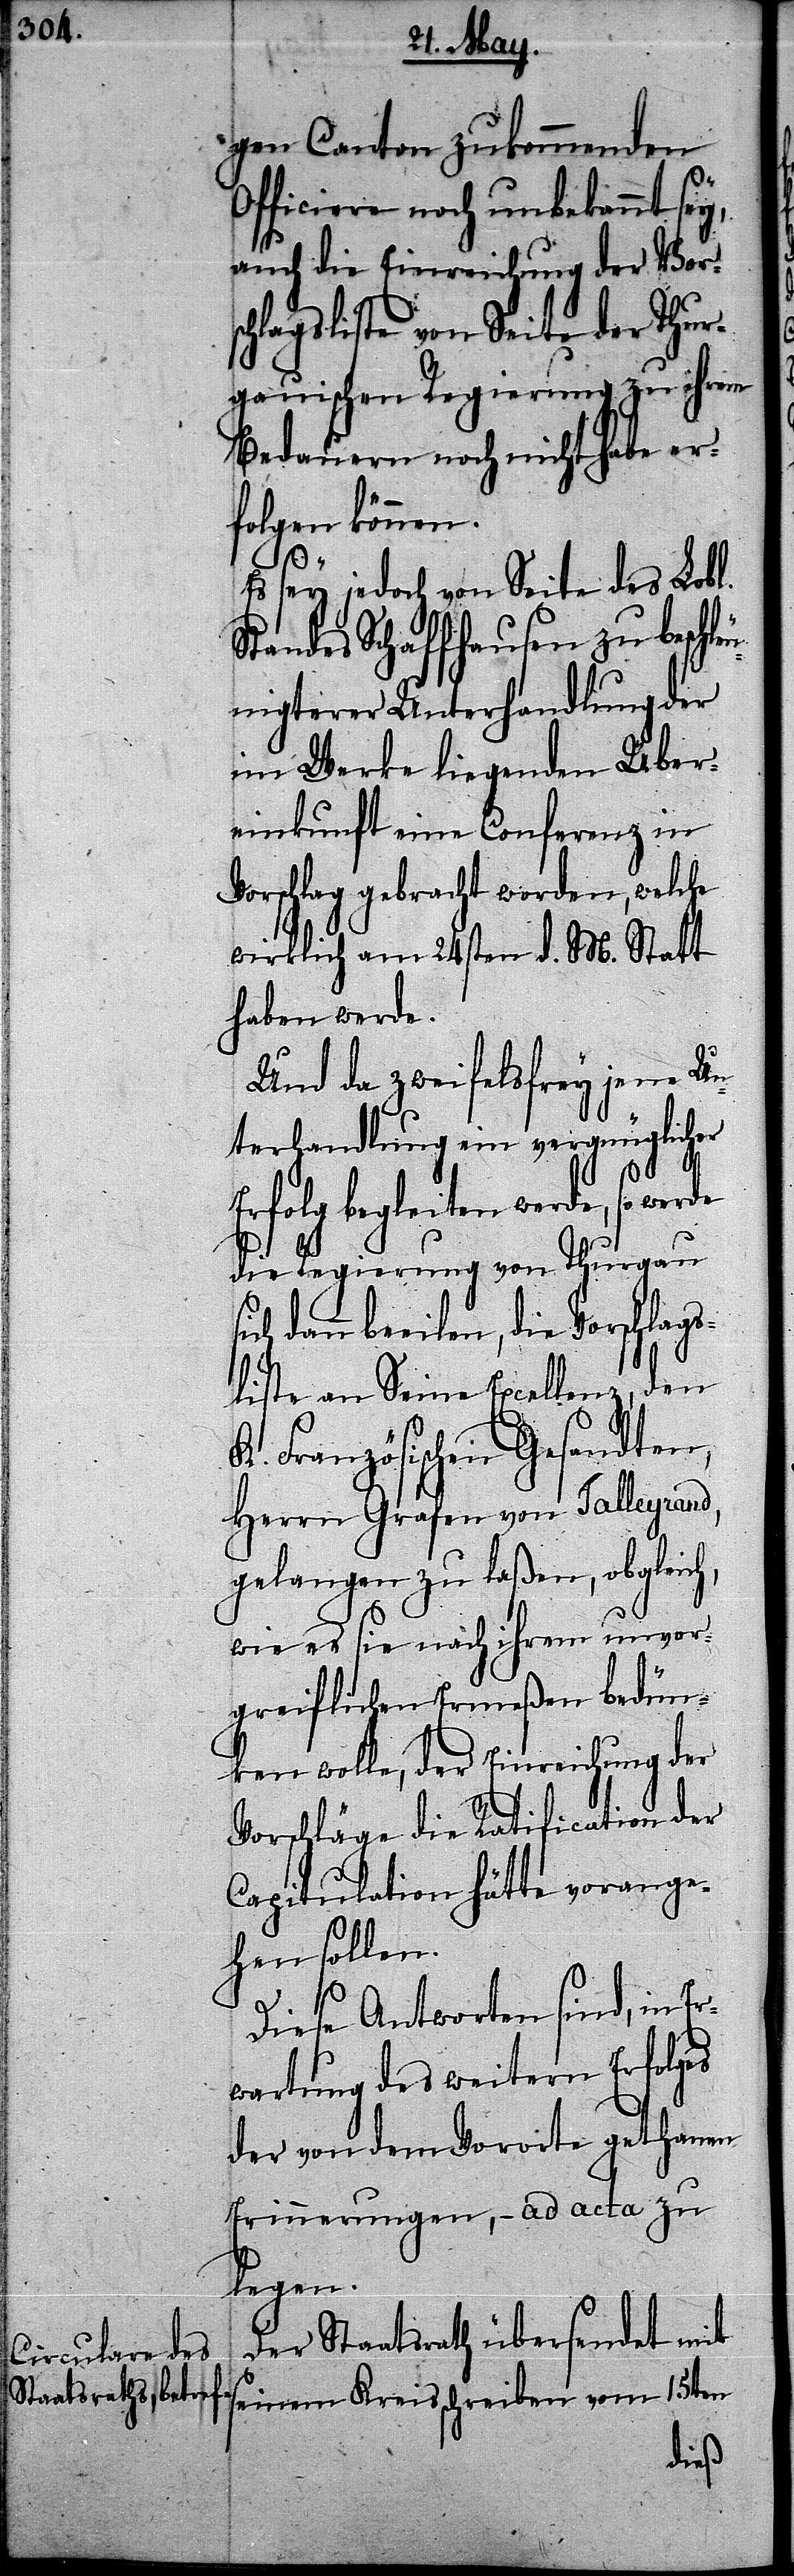
gen Canton zukommenden
Officiere noch unbekannt sey,
auch die Einreichung der Vorsc¬
hlagsliste von Seite der Thur¬
gauischen Regierung zu ihrem
Bedauern noch nicht habe er¬
folgen können.
sey jedoch von Seite des Lobl.
Standes Schaffhausen zu beschl¬
eunigterer Unterhandlung der
im Werke liegenden Über¬
einkunft eine Conferenz in
Vorschlag gebracht worden, welche
wirklich am 24sten d. M. Statt
haben werde.
Und da zweifelsfrey jene Un¬
terhandlung ein vergnüglicher
h,
Erfolg begleiten werde, so
die Regierung von Thurgau
dann beeilen, die Vorschlags¬
liste an Seine Excellenz, den
K. Französischen Gesandten,
Herrn Grafen von Talleyrand,
gelangen zu laßen, obgleic¬
wie es sie nach ihrem unvor¬
greiflichen Ermeßen bedün¬
ken wolle, der Einreichung der
Vorschläge die Ratification der
Capitulation hätte vorange¬
hen sollen.
Diese Antworten sind, in Er¬
wartung des weitern Erfolges
der von dem Vororte gethanen
Erinnerungen, – ad acta zu
legen.
Der Staatsrath übersendet mit